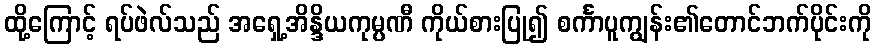
ထို့ကြောင့် ရပ်ဖဲလ်သည် အရှေ့အိန္ဒိယကုမ္ပဏီ ကိုယ်စားပြု၍ စင်္ကာပူကျွန်း၏တောင်ဘက်ပိုင်းကို